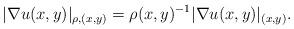
LaTeX: \begin{align*}|\nabla u(x,y)|_{\rho, (x,y)}=\rho(x,y)^{-1}|\nabla u(x,y)|_{(x,y)}.\end{align*}